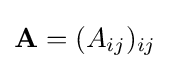
\mathbf {A} =(A_{ij})_{ij}